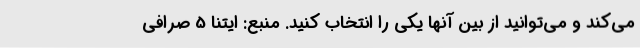
می‌کند و می‌توانید از بین آنها یکی را انتخاب کنید. منبع: ایتنا 5 صرافی